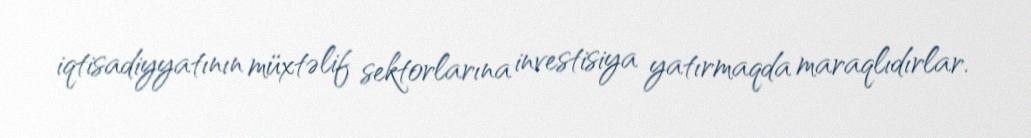
iqtisadiyyatının müxtəlif sektorlarına investisiya yatırmaqda maraqlıdırlar.